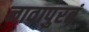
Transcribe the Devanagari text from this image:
नावापुरतं